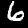
Digit: 6